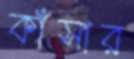
কাঁসার